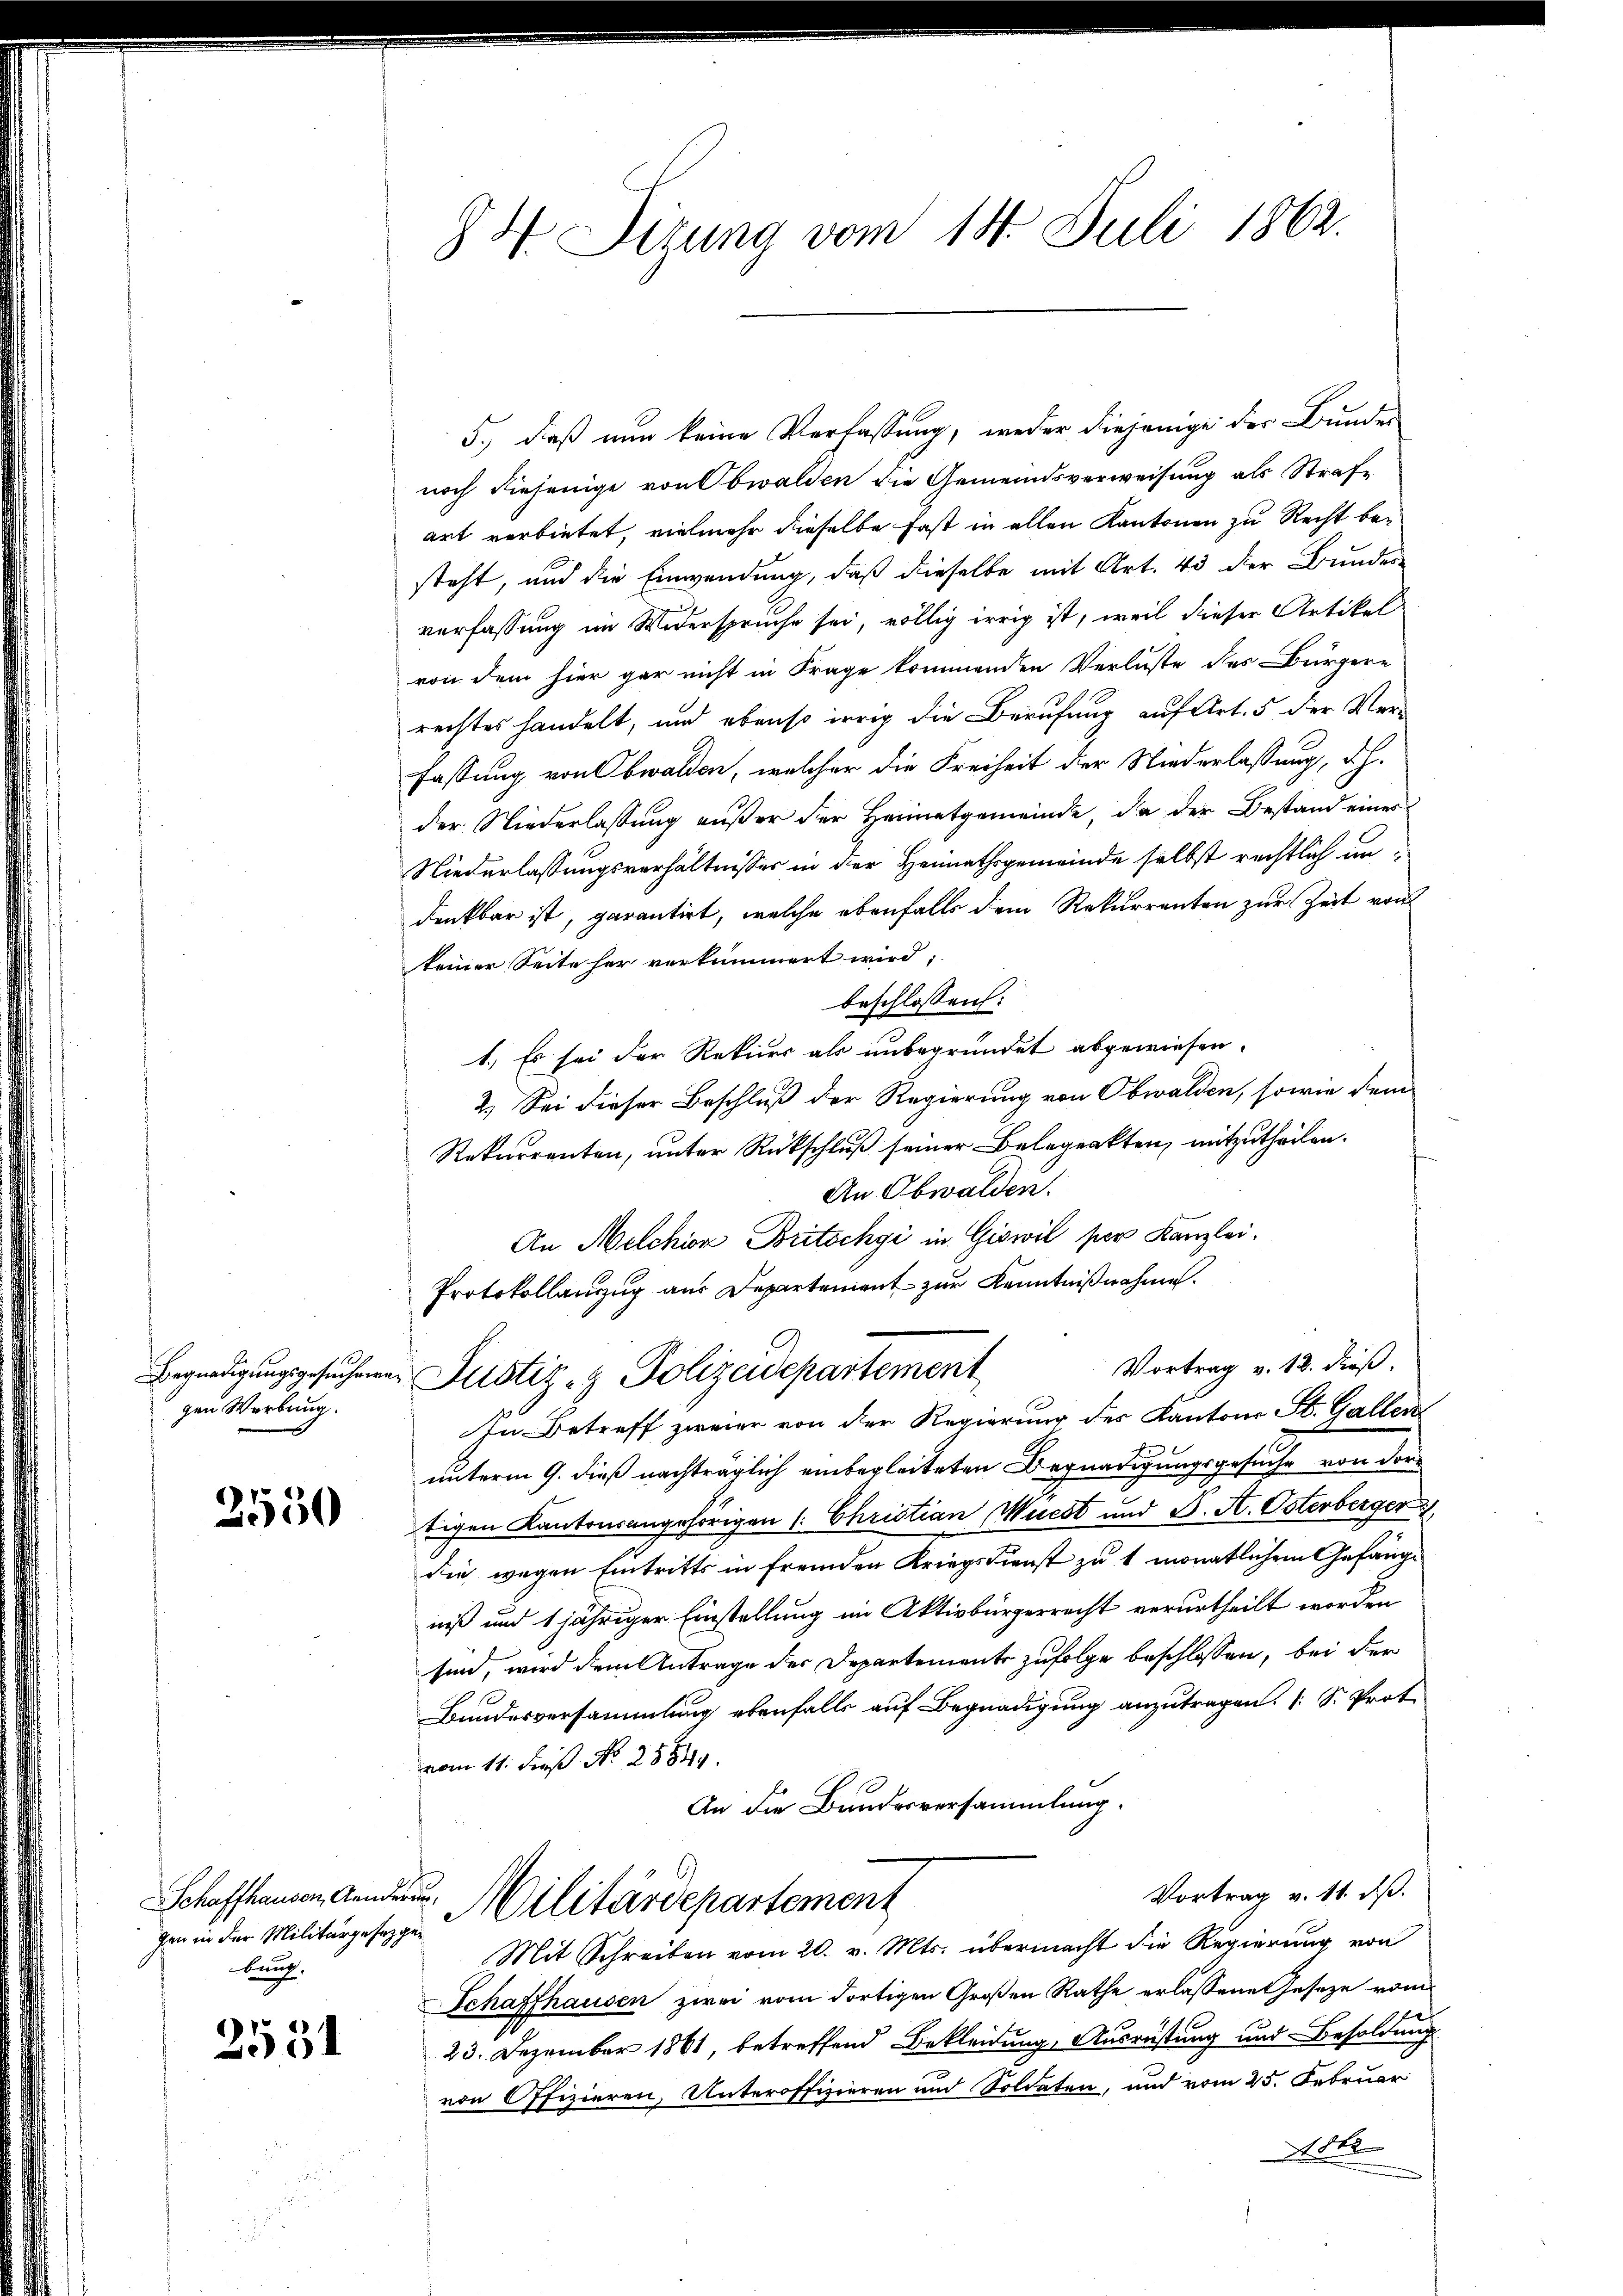
gen Werbung.

2550

5., daß nun keine Verfassung, weder diejenige der Bundes
noch diejenige von Obwalden die Gemeindsverweisung als Strafe
art verbietet, vielmehr dieselbe fast in allen Kantonen zu Recht besteht, und die Einwendung, daß dieselbe mit Art. 43 der Bundere
verfassung im Widerspruche sei, völlig irrig ist, weil dieser Artikel
von dem hier gar nicht in Frage kommenden Verluste des Bürgere
rechtes handelt, und ebenso irrig die Berufung auf Art. 5 der Verfassung von Obwalden, welcher die Freiheit der Niederlassung, d.h.
der Niederlassung außer der Heimatgemeinde, da der Bestand einer
Niederlassungsverhältnisses in der Heimathsgemeinde selbst rechtlich undenkbar ist, garantirt, welche ebenfalls dem Rekurrenten zur Zeit von
keiner Seite her verkümmert wird;
beschlossen:
1.) Es sei der Rekurs als unbegründet abgewiesen.
2.) Sei dieser Beschluß der Regierung von Obwalden, sowie dem
Rekurrenten, unter Rückschluß seiner Belegenkten, mitzutheilen.
An Obwalden.
An Melchion Britschgi in Giswil per Kanzlei.
Protokollanzug aus Departement zur Kenntnißnahme.
Vortrag v. 12. dieß.
Begnadigungsgesucheren Justiz- & Polizeidepartement
In Betreff zweier von der Regierung des Kantons St. Gallen
unterm 9. dieß nachträglich einbegleiteten Begnadigungsgesuche von dertigen Kantonsangehörigen (: Christian Muest und F. A. Osterberger
die wegen Eintritts in fremden Kriegsdienst zu 1 monatlichem Gefängniß und 1 jähriger Einstellung im Aktivbürgerrecht verurtheilt worden
sind, wird dem Antrage der Departements zufolge beschlossen, bei der
Bundesversammlung ebenfalls auf Begnadigung anzutragen. (S. Prot
vom 11. dieß No. 28849.
An die Bundesversammlung.
Vortrag v. 11. dß.
Schaffhausen, den Militärdepartement
Mit Schreiben vom 20. v. Mts. übermacht die Regierung von
Schaffhausen zwei vom dortigen Großen Rathe erlassene Gesetze vom
23. Dezember 1861, betreffend Bekleidung, Ausrüstung und Besoldung
von Offizieren, Unteroffizieren und Soldaten, und vom 25. Februar
486

gen in der Militärgesetzgebung.

2534

84 Sizung vom 14. Juli 1862.